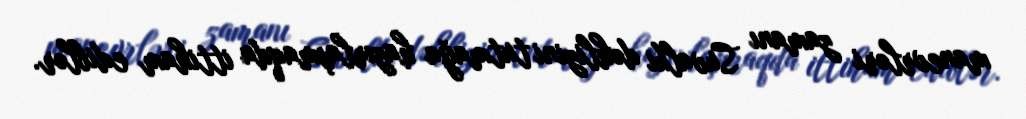
manevrləri zamanı Suvalki dəhlizini tutmağa hazırlaşmaqda ittiham ediblər.